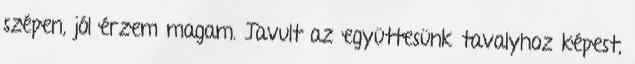
szépen, jól érzem magam. Javult az együttesünk tavalyhoz képest,